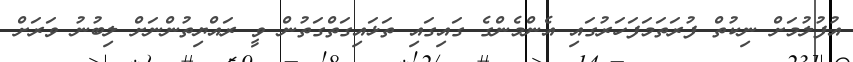
އުފުލުމަށް ނިކުތް ފުރަތަމަފަހަރުގައި އެންމެންގެ ގައިގައި ތަޅައިގަތްގަތުން ވީ ރައްޔިތުންނަށް ލިބުނު ވަރަށް